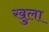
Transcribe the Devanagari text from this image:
खु्ला